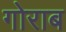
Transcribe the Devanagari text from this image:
गोराब